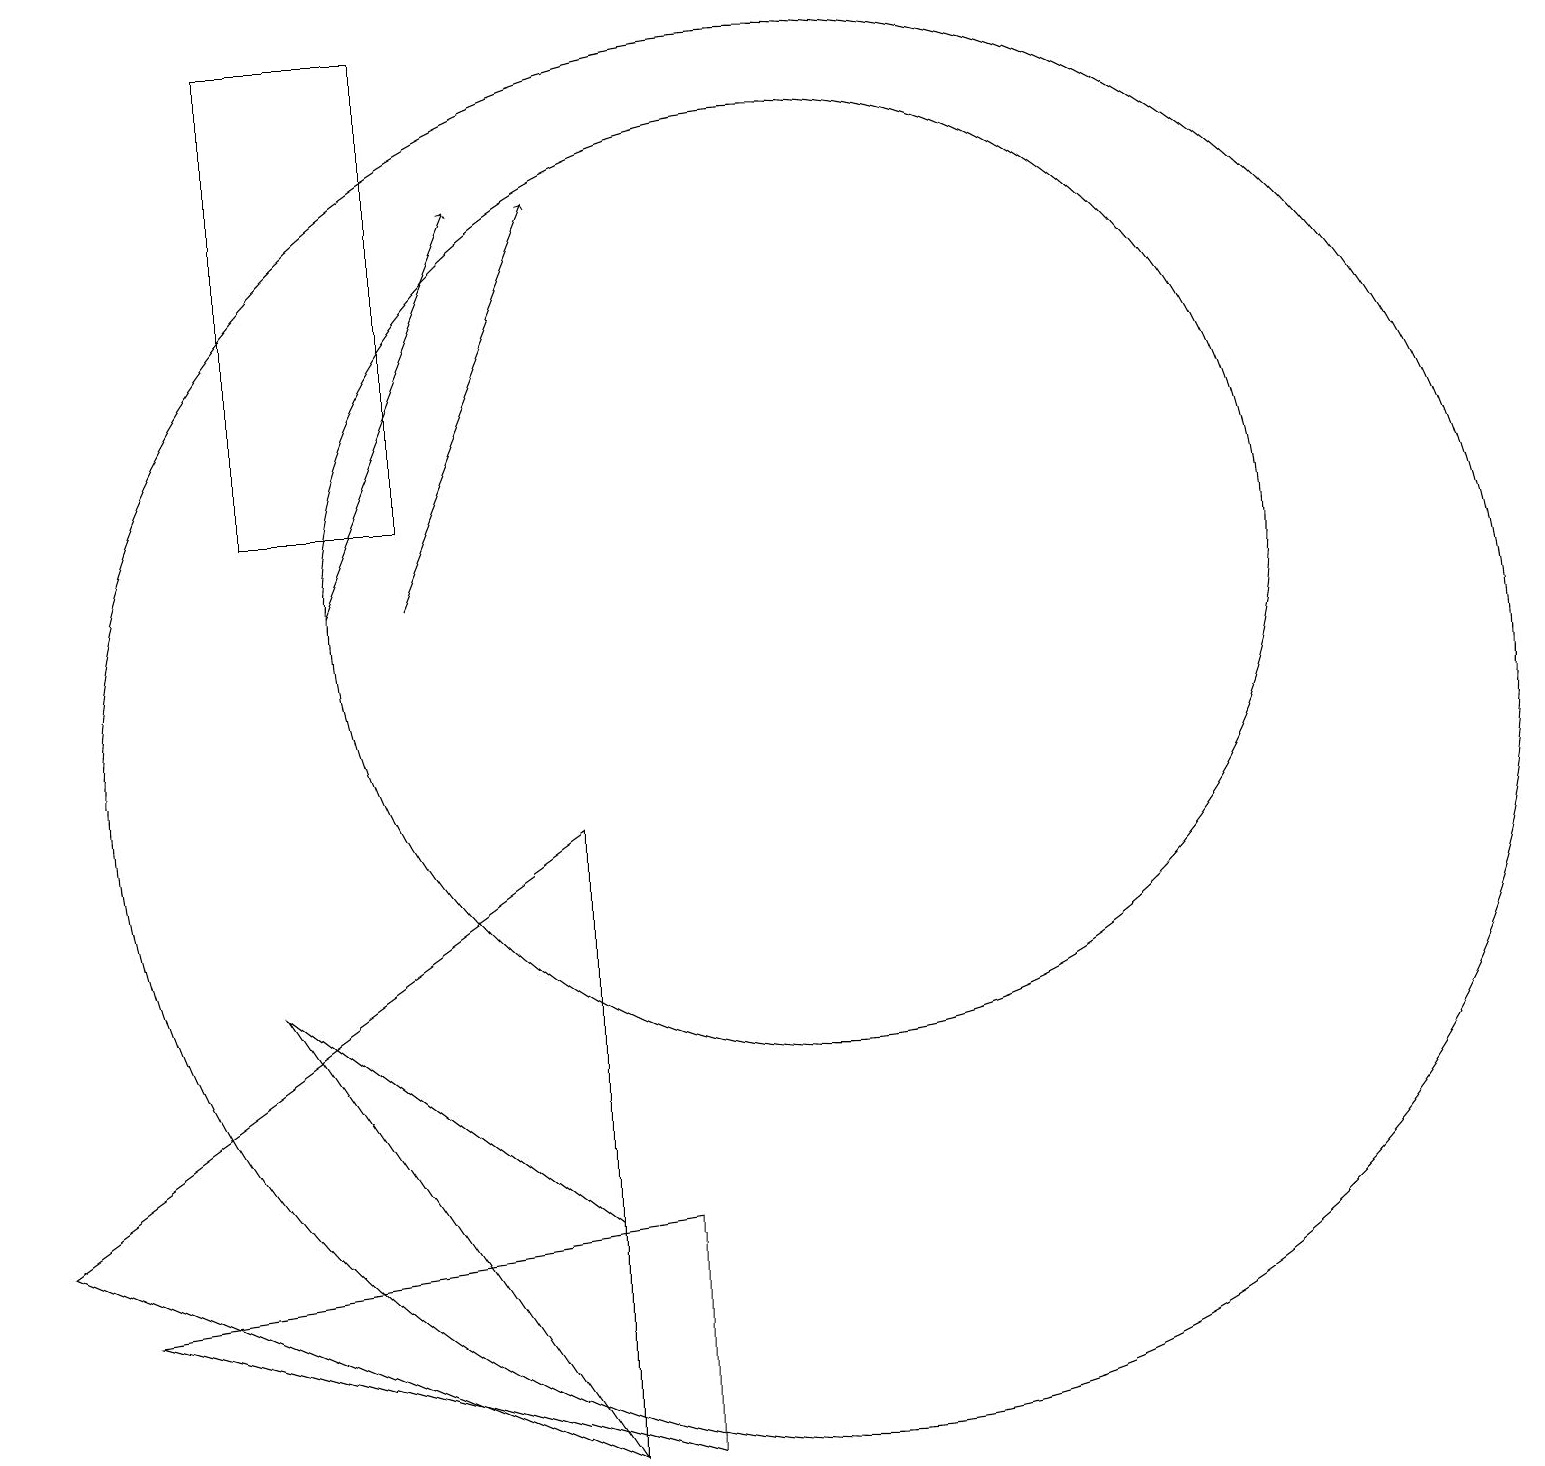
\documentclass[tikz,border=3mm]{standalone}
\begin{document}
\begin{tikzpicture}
\draw (10,12) circle (6);
\draw (7,1) -- (3,7) -- (7,4) -- cycle;
\draw[->] (4,12) -- (6,17);
\draw (3,13) rectangle (5,19);
\draw (10,10) circle (9);
\draw (8,4) -- (8,1) -- (1,3) -- cycle;
\draw (7,1) -- (0,4) -- (7,9) -- cycle;
\draw[->] (5,12) -- (7,17);
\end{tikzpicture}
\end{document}